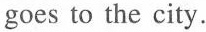
gocs to the city.